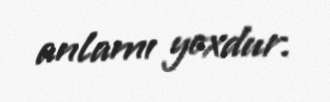
anlamı yoxdur.